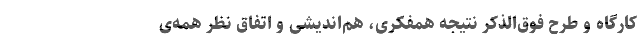
کارگاه و طرح فوق‌الذکر نتیجه همفکری، هم‌اندیشی و اتفاق نظر همه‌ی